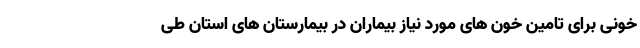
خونی برای تامین خون های مورد نیاز بیماران در بیمارستان های استان طی